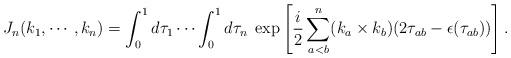
LaTeX: \begin{align*}J_n (k_1, \cdots, k_n) = \int_{0}^{1} d \tau_1 \cdots \int_{0}^{1} d \tau_n \; \exp \left[ \frac{i}{2} \sum_{a<b}^n(k_a \times k_b) (2 \tau_{ab} - \epsilon (\tau_{ab})) \right].\end{align*}